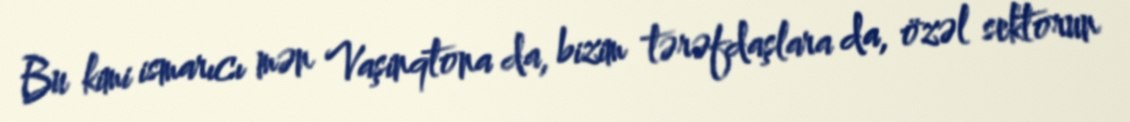
Bu kimi ismarıcı mən Vaşinqtona da, bizim tərəfdaşlara da, özəl sektorun